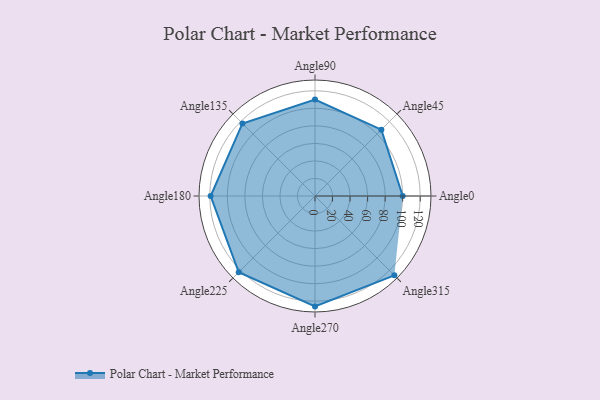
{"axis": {"x": "Angle", "y": "Radius"}, "legend": [""], "data": [{"x": "Angle0", "y": 100.0, "type": ""}, {"x": "Angle45", "y": 107.0, "type": ""}, {"x": "Angle90", "y": 110.0, "type": ""}, {"x": "Angle135", "y": 117.0, "type": ""}, {"x": "Angle180", "y": 119.0, "type": ""}, {"x": "Angle225", "y": 123.0, "type": ""}, {"x": "Angle270", "y": 126.0, "type": ""}, {"x": "Angle315", "y": 128.0, "type": ""}]}